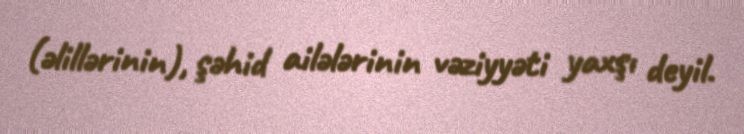
(əlillərinin), şəhid ailələrinin vəziyyəti yaxşı deyil.